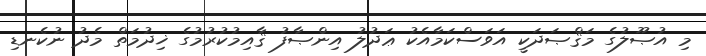
މި އުޞޫލުގެ މަޤްޞަދަކީ އަވަސްކަމާއެކު ޢަދުލު އިންޞާފު ޤާއިމުކުރުމުގެ ޚިދުމަތް މެދު ނުކެނޑި